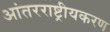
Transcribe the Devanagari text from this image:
आंतरराष्ट्रीयकरण